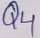
Text: Q4